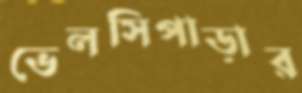
ভেলসিপাড়ার